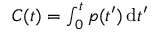
\begin{array} { r } { C ( t ) = \int _ { 0 } ^ { t } p ( t ^ { \prime } ) \, \mathrm { d } t ^ { \prime } } \end{array}